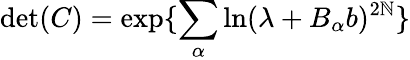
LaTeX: \operatorname*{det}(C)=\exp\{ \sum_{\alpha}\ln(\lambda+B_{\alpha}b)^{2\mathbb{N}}\}